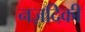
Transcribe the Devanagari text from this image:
नज़दिकी